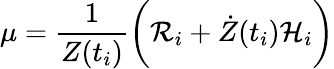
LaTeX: \mu=\frac{1}{Z(t_{i})}\biggr({\cal R}_{i}+{\dot{Z}}(t_{i}){\cal H}_{i}\biggl)